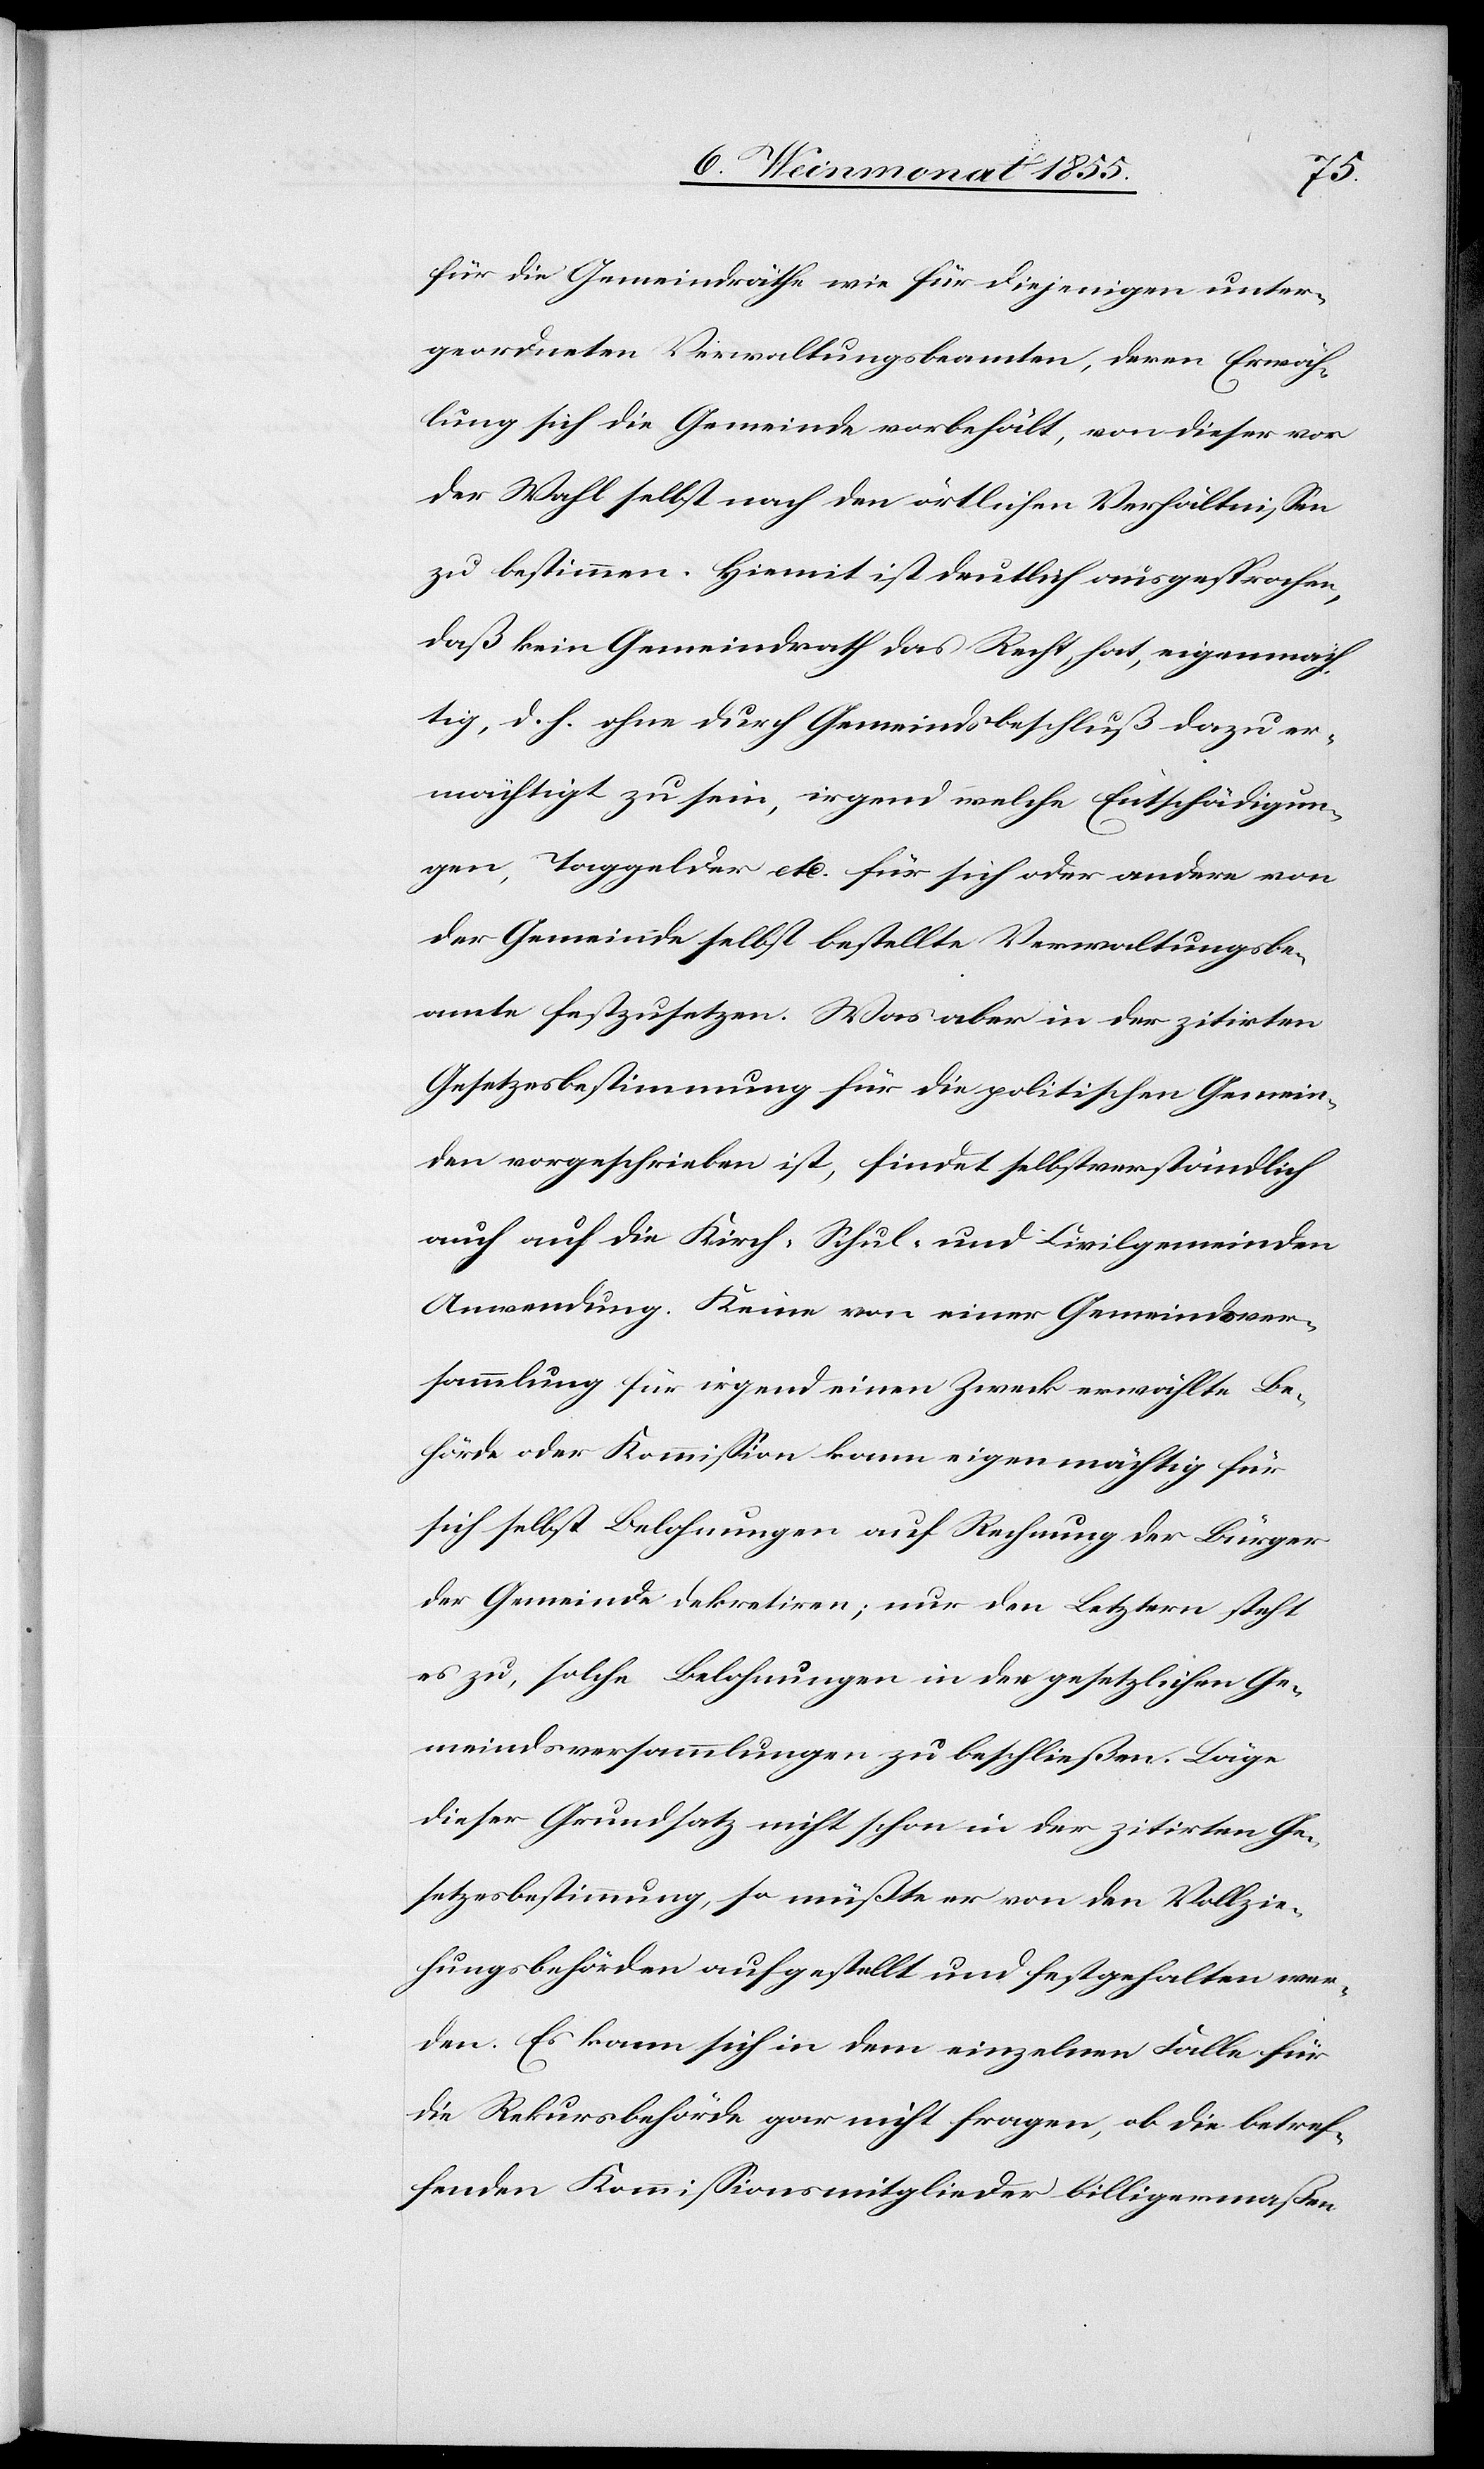
für die Gemeindräthe wie für diejenigen unter¬
geordneten Verwaltungsbeamten, deren Erwäh¬
lung sich die Gemeinde vorbehält, von dieser vor
der Wahl selbst nach den örtlichen Verhältnissen
zu bestimmen. Hiemit ist deutlich ausgesprochen,
daß kein Gemeindrath das Recht hat, eigenmäch¬
tig, d. h. ohne durch Gemeindsbeschluß dazu er¬
mächtigt zu sein, irgend welche Entschädigun¬
gen, Taggelder etc. für sich oder andere von
der Gemeinde selbst bestellte Verwaltungsbe¬
amte festzusetzen. Was aber in der zitirten
Gesetzesbestimmung für die politischen Gemein¬
den vorgeschrieben ist, findet selbstverständlich
auch auf die Kirch-[,] Schul- und Civilgemeinden
Anwendung. Keine von einer Gemeindsver¬
sammlung für irgend einen Zweck erwählte Be¬
hörde oder Kommission kann eigenmächtig für
sich selbst Belohnungen auf Rechnung der Bürger
der Gemeinde dekretiren; nur den Letztern steht
es zu, solche Belohnungen in den gesetzlichen Ge¬
meindsversammlungen zu beschließen. Läge
dieser Grundsatz nicht schon in der zitirten Ge¬
setzesbestimmung, so müßte er von den Vollzie¬
hungsbehörden aufgestellt und festgehalten wer¬
den. Es kann sich in dem einzelnen Falle für
die Rekursbehörde gar nicht fragen, ob die betref¬
fenden Kommissionsmitglieder billigermaßen